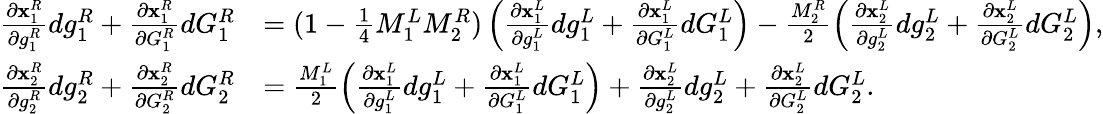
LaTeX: \begin{array}{rl}{\frac{\partial\mathbf{x}_{1}^{R}}{\partial g_{1}^{R}}dg_{1}^{R}+\frac{\partial\mathbf{x}_{1}^{R}}{\partial G_{1}^{R}}dG_{1}^{R}}&{=(1-\frac{1}{4}M_{1}^{L}M_{2}^{R})\left(\frac{\partial\mathbf{x}_{1}^{L}}{\partial g_{1}^{L}}dg_{1}^{L}+\frac{\partial\mathbf{x}_{1}^{L}}{\partial G_{1}^{L}}dG_{1}^{L}\right)-\frac{M_{2}^{R}}{2}\left(\frac{\partial\mathbf{x}_{2}^{L}}{\partial g_{2}^{L}}dg_{2}^{L}+\frac{\partial\mathbf{x}_{2}^{L}}{\partial G_{2}^{L}}dG_{2}^{L}\right),}\\ {\frac{\partial\mathbf{x}_{2}^{R}}{\partial g_{2}^{R}}dg_{2}^{R}+\frac{\partial\mathbf{x}_{2}^{R}}{\partial G_{2}^{R}}dG_{2}^{R}}&{=\frac{M_{1}^{L}}{2}\left(\frac{\partial\mathbf{x}_{1}^{L}}{\partial g_{1}^{L}}dg_{1}^{L}+\frac{\partial\mathbf{x}_{1}^{L}}{\partial G_{1}^{L}}dG_{1}^{L}\right)+\frac{\partial\mathbf{x}_{2}^{L}}{\partial g_{2}^{L}}dg_{2}^{L}+\frac{\partial\mathbf{x}_{2}^{L}}{\partial G_{2}^{L}}dG_{2}^{L}.}\end{array}